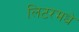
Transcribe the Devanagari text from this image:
लिटरमधे